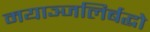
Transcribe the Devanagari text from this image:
मयाञ्जलिर्बद्धो